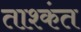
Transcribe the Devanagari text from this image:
ताश्कंत